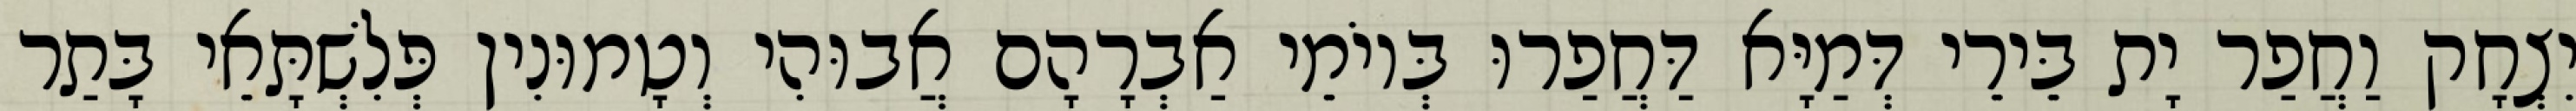
יִצְחָק וַחֲפַר יָת בֵּירֵי דְּמַיָּא דַּחֲפַרוּ בְּיוֹמֵי אַבְרָהָם אֲבוּהִי וְטָמוּנִין פְּלִשְׁתָּאֵי בָּתַר